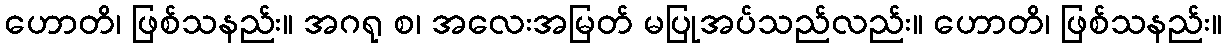
ဟောတိ၊ ဖြစ်သနည်း။ အဂရု စ၊ အလေးအမြတ် မပြုအပ်သည်လည်း။ ဟောတိ၊ ဖြစ်သနည်း။